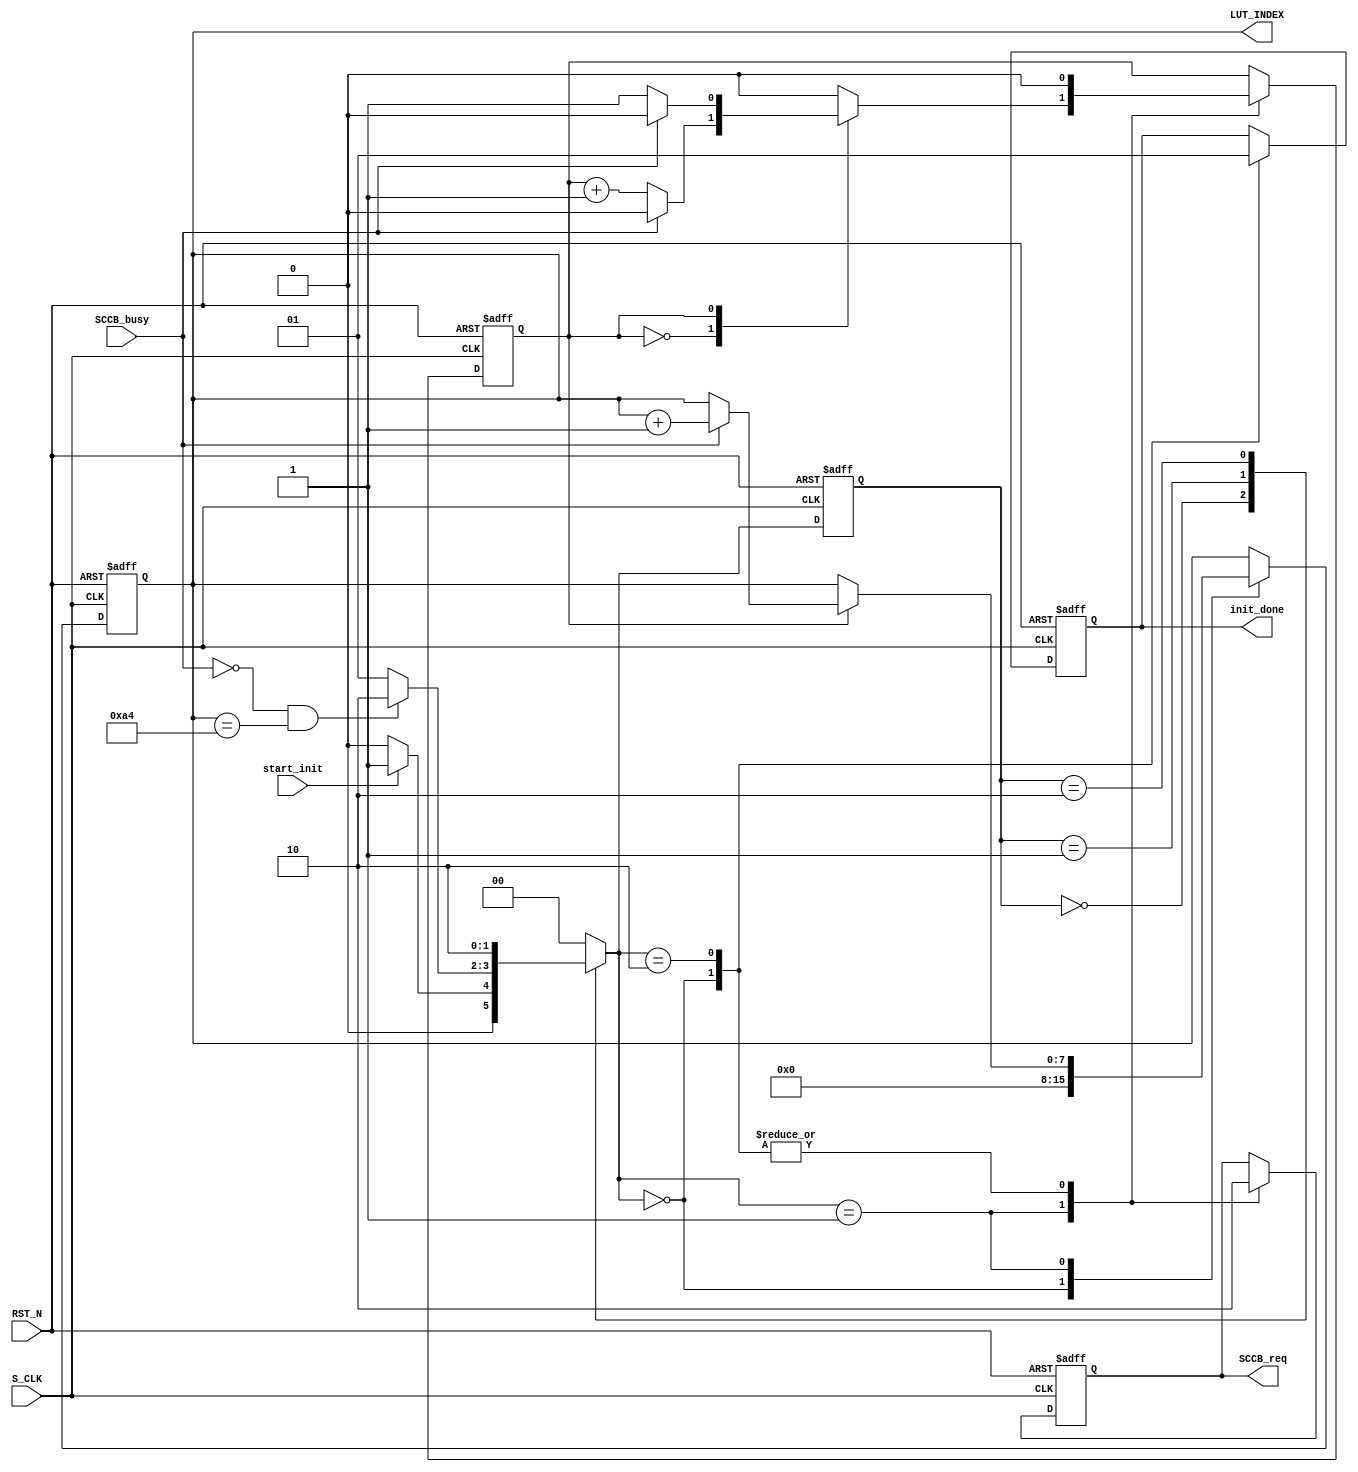
module I2C_OV7670_conf(
input						S_CLK			,
input						RST_N			,
							
input						start_init		,
output		reg				init_done		,

output		reg				SCCB_req		,
input						SCCB_busy		,

output		reg		[7:0]	LUT_INDEX

);

//------------------------------------------------------
//-- 
//------------------------------------------------------



//------------------------------------------------------
//-- 
//------------------------------------------------------
reg			[1:0]			state			;
reg			[1:0]			state_n			;	
reg							step_cnt		;	

//------------------------------------------------------
//-- 
//------------------------------------------------------
localparam	IDLE = 2'd0 ,RUN = 2'd1 ,STOP = 2'd2 ;

//------------------------------------------------------
//-- 
//------------------------------------------------------
always@(posedge S_CLK or negedge RST_N) begin
	if(!RST_N) begin
		state <= IDLE;
	end
	else begin
		state <= state_n ;
	end
end
//------------------------------------------------------
//-- 
//------------------------------------------------------
always@(*) begin
	case(state)
		IDLE : begin
			if(start_init) begin
				state_n = RUN ;
			end
			else begin
				state_n = IDLE ;
			end
		end
		RUN : begin
			if(!SCCB_busy && LUT_INDEX == 'd164) begin
			// if(1'b0) begin
				state_n = STOP ;
			end
			else begin
				state_n = RUN ;
			end
		end
		STOP : begin
			state_n = STOP ;
		end
		default : begin
			state_n = IDLE ;
		end
	endcase
end

//------------------------------------------------------
//-- 
//------------------------------------------------------
always@(posedge S_CLK or negedge RST_N) begin
	if(!RST_N) begin
		SCCB_req <= 'b0 ;
		LUT_INDEX <= 'b0 ;
		init_done <= 'b0 ;
		step_cnt <= 'b0 ;
	end
	else begin
		case(state_n)
			IDLE : begin
				SCCB_req <= 'b0 ;
				LUT_INDEX <= 'b0 ;
				init_done <= 'b0 ;
				step_cnt <= 'b0 ;
			end
			RUN : begin
				SCCB_req <= 'b1 ;
				case(step_cnt)
					0 : begin
						if(!SCCB_busy) begin
							step_cnt <= step_cnt + 1'b1 ;
						end
					end
					1 : begin
						if(SCCB_busy) begin
							step_cnt <= 'b0 ;
							LUT_INDEX <= LUT_INDEX + 1'b1 ;
						end
					end
				endcase
			end
			STOP : begin
				SCCB_req <= 'b0 ;
				init_done <= 'b1 ;
				step_cnt <= 'b0 ;
			end
		endcase
	end
end


endmodule